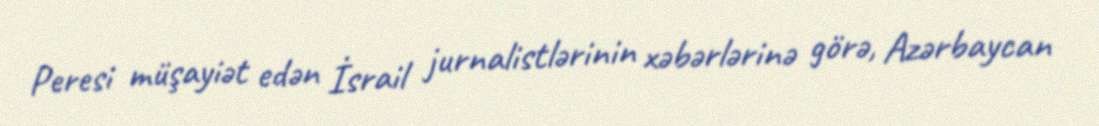
Peresi müşayiət edən İsrail jurnalistlərinin xəbərlərinə görə, Azərbaycan